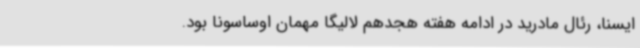
ایسنا، رئال مادرید در ادامه هفته هجدهم لالیگا مهمان اوساسونا بود.